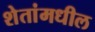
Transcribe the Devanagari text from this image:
शेतांमधील